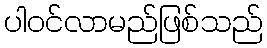
ပါဝင်လာမည်ဖြစ်သည်